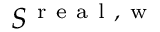
S ^ { \mathrm { ~ r ~ e ~ a ~ l ~ , ~ w ~ } }